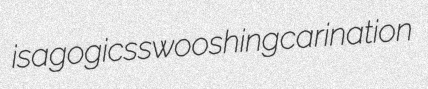
isagogics swooshing carination